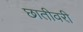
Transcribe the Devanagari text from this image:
छातीवरी